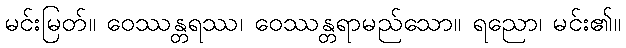
မင်းမြတ်။ ဝေဿန္တရဿ၊ ဝေဿန္တရာမည်သော။ ရညော၊ မင်း၏။